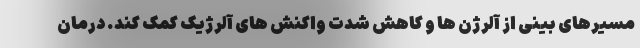
مسیرهای بینی از آلرژن ها و کاهش شدت واکنش های آلرژیک کمک کند. درمان